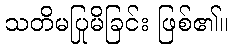
သတိမပြုမိခြင်း ဖြစ်၏။